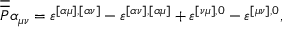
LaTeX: \overline { { { \overline { { { P } } } } } } \alpha _ { \mu \nu } = \varepsilon ^ { [ \alpha \mu ] , [ \alpha \nu ] } - \varepsilon ^ { [ \alpha \nu ] , [ \alpha \mu ] } + \varepsilon ^ { [ \nu \mu ] , 0 } - \varepsilon ^ { [ \mu \nu ] , 0 } ,